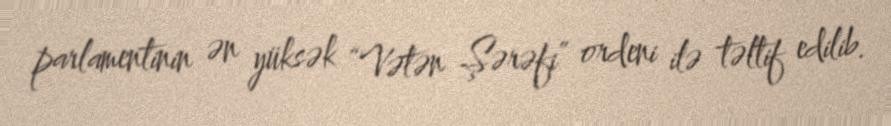
parlamentinin ən yüksək “Vətən Şərəfi” ordeni ilə təltif edilib.